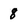
Character: 8